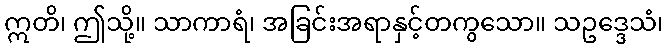
ဣတိ၊ ဤသို့။ သာကာရံ၊ အခြင်းအရာနှင့်တကွသော။ သဥဒ္ဒေသံ၊